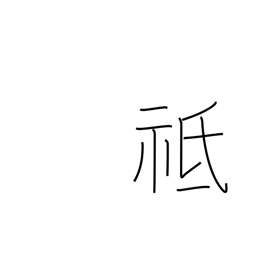
Meaning: respectful